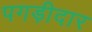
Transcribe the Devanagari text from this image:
पगड़ीदार